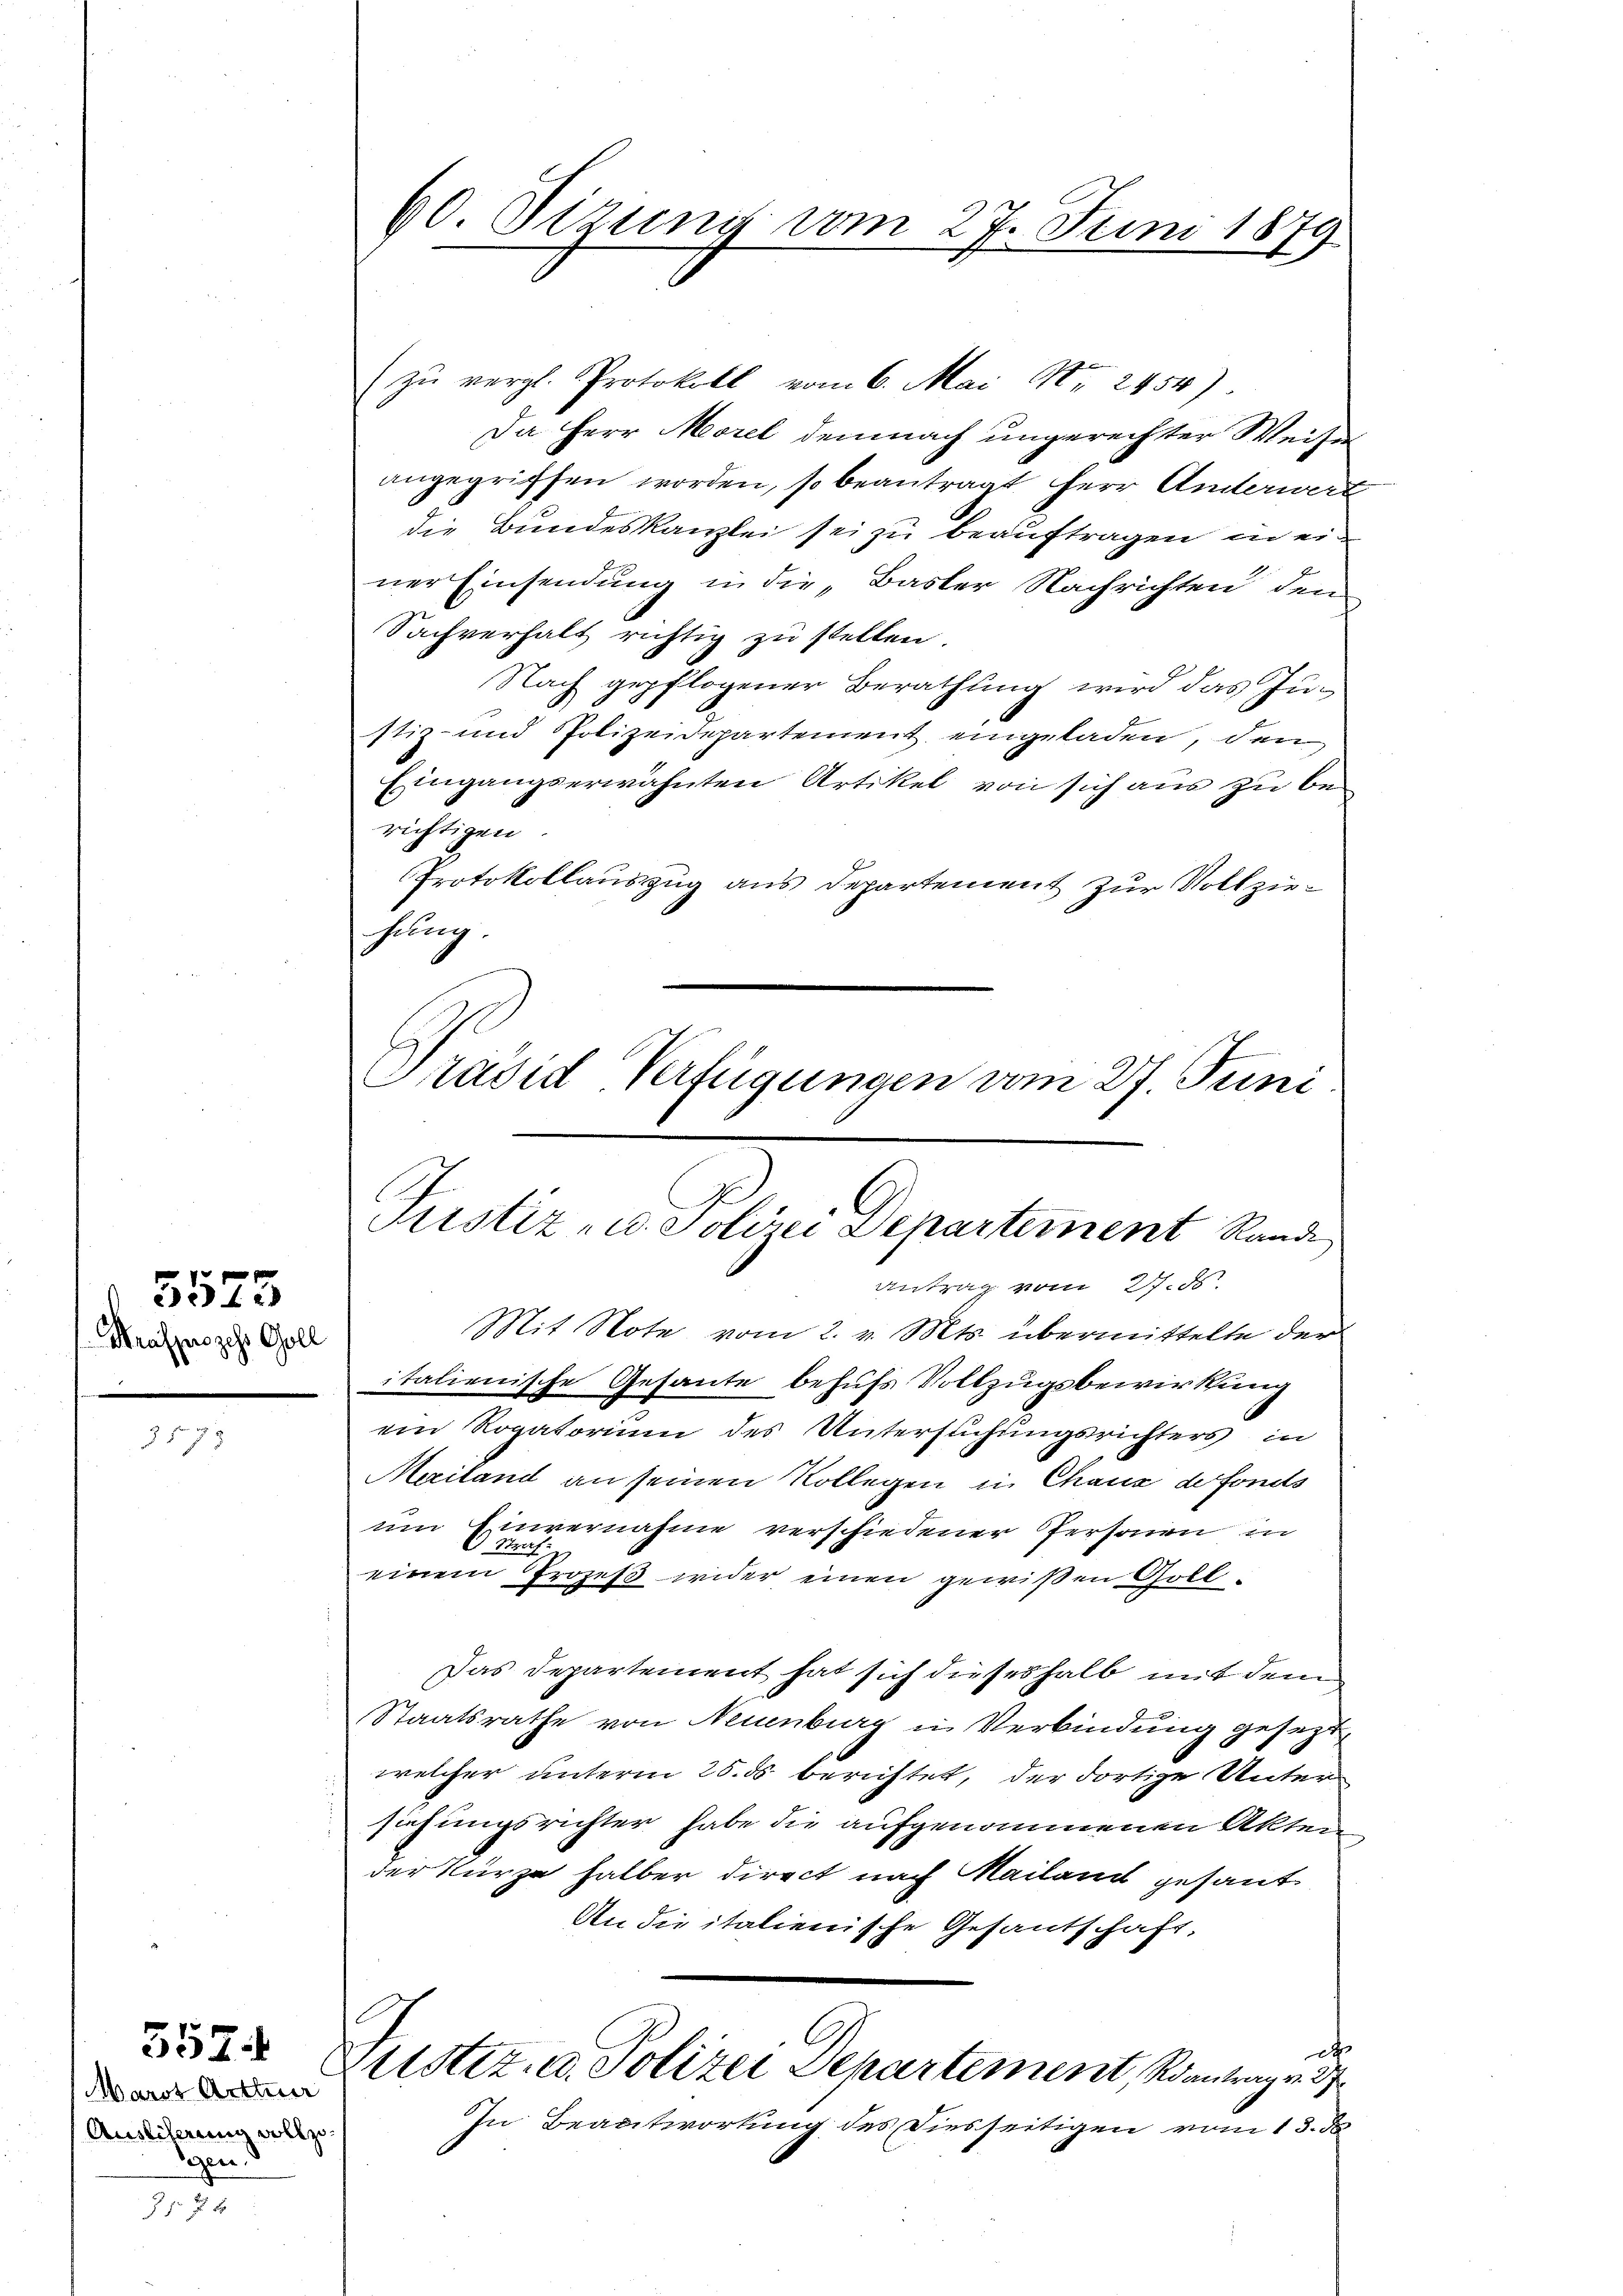
Prafprozess Goll

5575

178

557

Marst Arthner
Auslieferung vollzo
Sogen.
1

60. Sitzung vom 27. Juni 1879

Prased Verfügungen vom 27. Juni
Justiz- u. Solini Departement Rande
Antrag vom 27. d.
Mit Note vom 2. v. Mts. übermittelte der

zŭ vergl. Protokoll vom 6. Mai Nr. 2454)
Da Herr Morel demnach ungerechter Weiser
angegriffen worden, so beantragt Herr Unterwert
die Bundeskanzlei sei zu beauftragen meiner Einsendung in die „Basler Nachrichten den
Sachverhalt richtig zu stellen.
Nach gepflogener Berathung wird das Justiz- und Polizeidepartement eingeladen, den
Eingangserwähnten Artikel von sich aus zu berichtigen
Protokollauszug aus Departement zur Vollziehung.
italienische Gesante behufs Vollzugsbewirkung
ein Rogatorium des Untersuchungsrichters in
Mailand an seinen Kollegen in Chaux de fonds
um Einvernahme verschiedener Personen in
 Straf
einem Prozeß wider einen gewißen Gott¬
Das Departement hat sich dieseshalb mit dem
Staatsrathe von Neuenburg in Verbindung gesezt,
welcher unterm 25. ds berichtet, der dortige Untersiehungsrichter habe die aufgenommenen Akten
der Kürze halber direct nach Mailand gesant
An die italienische Gesantschaft,
C
dt
Uster. a. Polizei Departement Rantrag v. 3
In Beantwortung des Diesseitigen vom 13. d